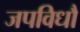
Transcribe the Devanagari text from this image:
जपविधौ